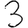
Digit: 3